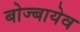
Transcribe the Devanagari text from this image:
बोज्बायेव